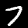
Label: 7